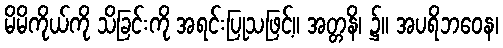
မိမိကိုယ်ကို သိခြင်းကို အရင်းပြုသဖြင့်။ အတ္တနိ၊ ၌။ အပရိဘဝေန၊